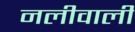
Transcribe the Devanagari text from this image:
नलीवाली